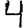
Digit: 4